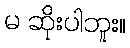
မ ဆိုးပါဘူး။